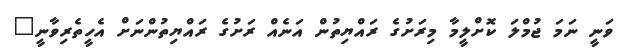
ވަނީ ނަމަ ޖުމްލަ ކޮށްލީމާ މިރަށުގެ ރައްޔިތުން އަނެއް ރަށުގެ ރައްޔިތުންނަށް އެހީތެރިވާނީ"